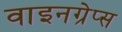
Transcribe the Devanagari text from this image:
वाइनग्रेप्स